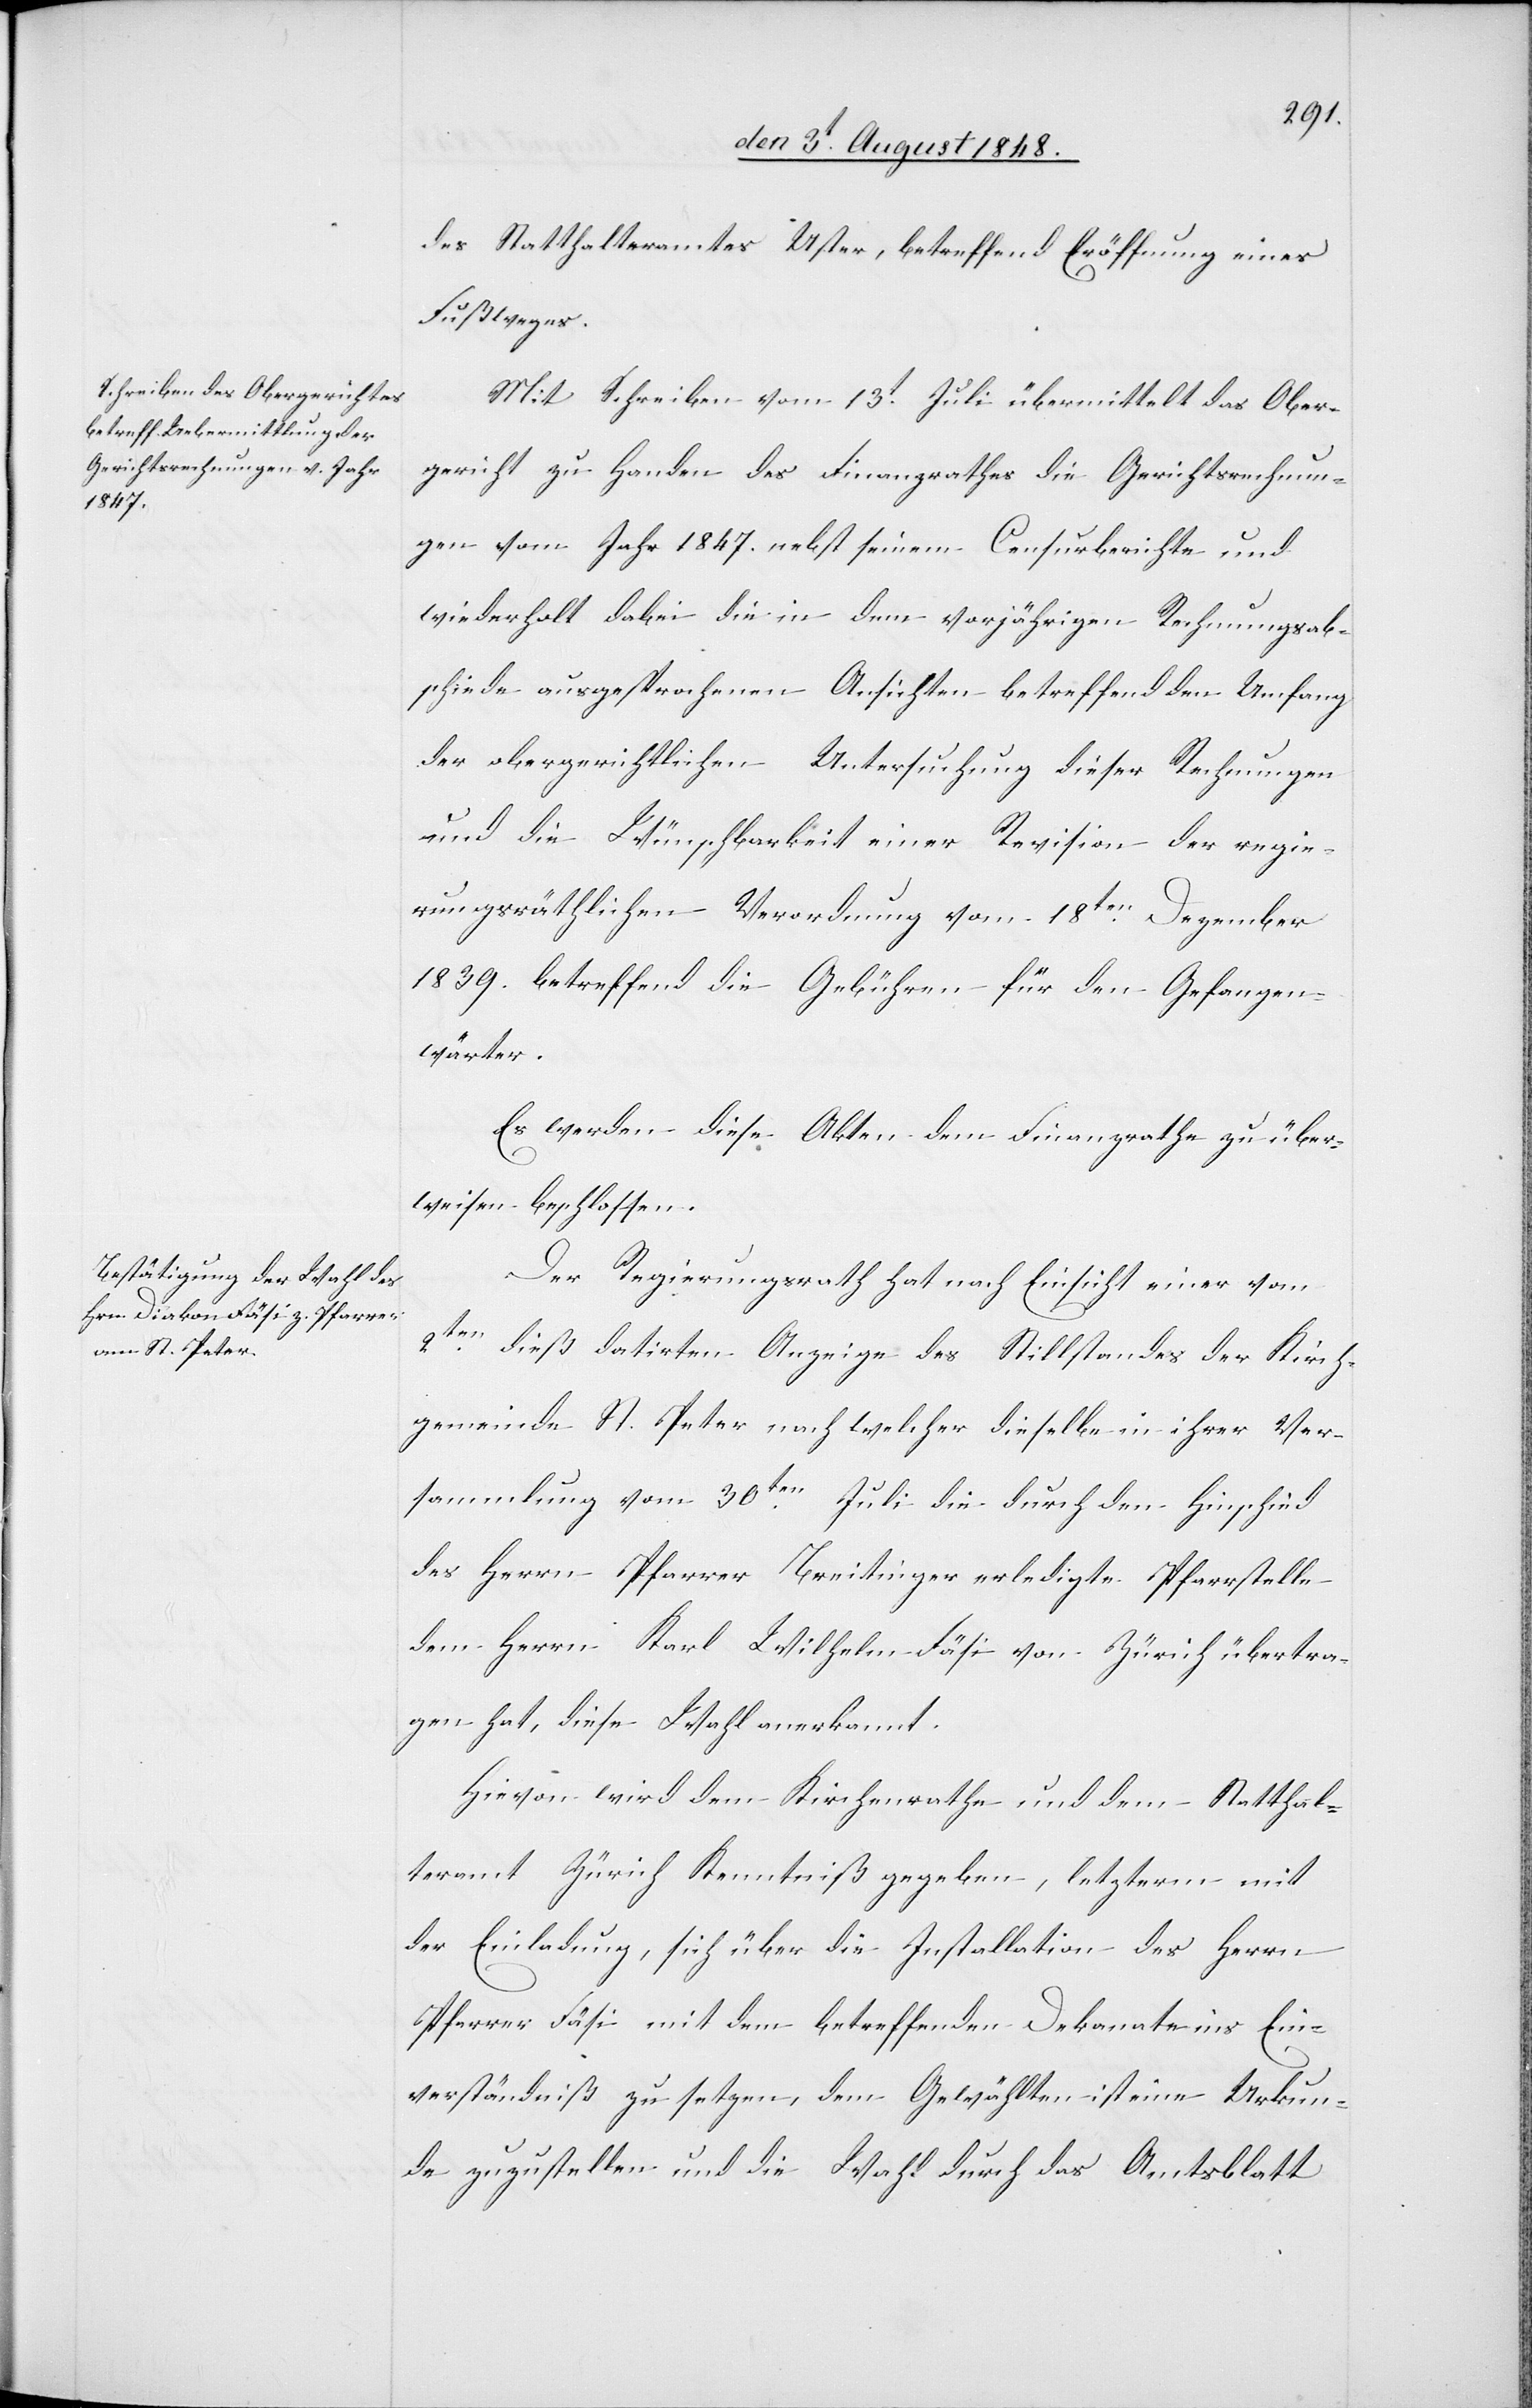
des Statthalteramtes Uster, betreffend Eröffnung eines
Fußweges.
Mit Schreiben vom 13t Juli übermittelt das Ober¬
gericht zu Handen des Finanzrathes die Gerichtsrechnun¬
gen vom Jahr 1847. nebst seinem Censurberichte und
wiederholt dabei die in dem vorjährigen Rechnungsab¬
schiede ausgesprochenen Ansichten betreffend den Umfang
der obergerichtlichen Untersuchung dieser Rechnungen
und die Wünschbarkeit einer Revision der regie¬
rungsräthlichen Verordnung vom 18ten Dezember
1839. betreffend die Gebühren für den Gefangen¬
wärter.
Es werden diese Akten dem Finanzrathe zu über¬
weisen beschlossen.
Der Regierungsrath hat nach Einsicht einer vom
2ten dieß datirten Anzeige des Stillstandes der Kirch¬
gemeinde St. Peter nach welcher dieselbe in ihrer Ver¬
sammlung vom 30ten Juli die durch den Hinschied
des Herrn Pfarrer Breitinger erledigte Pfarrstelle
dem Herrn Karl Wilhelm Fäsi von Zürich übertra¬
gen hat, diese Wahl anerkannt.
Hievon wird dem Kirchenrathe und dem Statthal¬
teramt Zürich Kenntniß gegeben, letzterm mit
der Einladung, sich über die Installation des Herrn
Pfarrer Fäsi mit dem betreffenden Dekanate ins Ein¬
verständniß zu setzen, dem Gewählten ist eine Urkun¬
de zuzustellen und die Wahl durch das Amtblatt